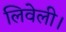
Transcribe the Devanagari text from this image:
लिवेली।